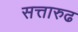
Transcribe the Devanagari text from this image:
सत्तारुढ